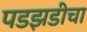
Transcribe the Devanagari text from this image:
पडझडीचा